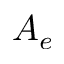
A _ { e }